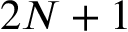
2 N + 1